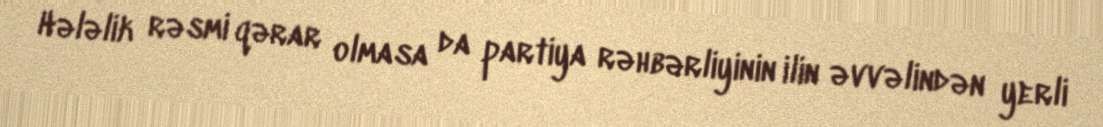
Hələlik rəsmi qərar olmasa da partiya rəhbərliyinin ilin əvvəlindən yerli